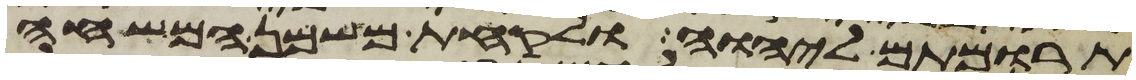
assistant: תרומתם ליהוה ולקחת משמן המשחה